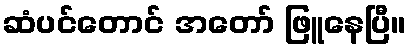
ဆံပင်တောင် အတော် ဖြူနေပြီ။